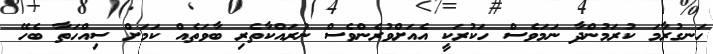
ހަނގުރާމަ ކުރަމުންދާ ނަމަވެސް ހަކުރަކީ އެއަށްވުރެންވެސް ނުރައްކާތެރި ބާވަތެއް ކަމަށް ސިއްހަތާ ބެހޭ